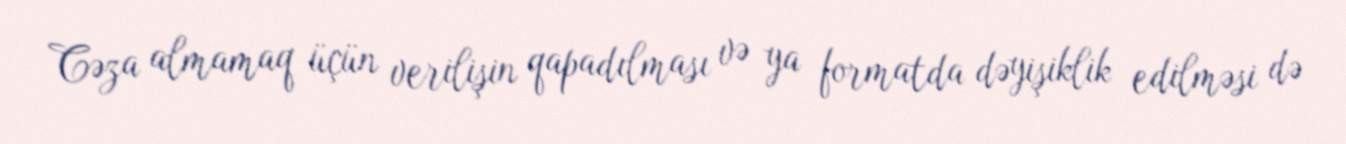
Cəza almamaq üçün verilişin qapadılması və ya formatda dəyişiklik edilməsi də